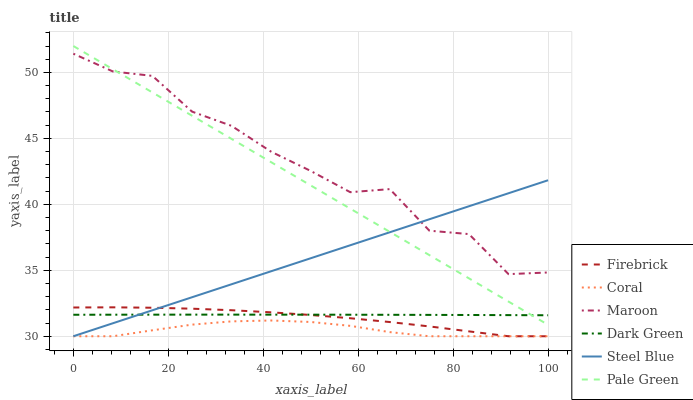
| xaxis_label | Firebrick | Coral | Maroon | Dark Green | Steel Blue | Pale Green |
 | --- | --- | --- | --- | --- | --- | --- |
 | 0 | 32.2 | 30 | 51.4 | 31.6 | 30 | 52 |
 | 8.33 | 32.2 | 30 | 50.1 | 31.6 | 31 | 50.2 |
 | 16.7 | 32.2 | 30.5 | 49.7 | 31.6 | 32 | 48.5 |
 | 25 | 32.1 | 30.9 | 47 | 31.6 | 33 | 46.7 |
 | 33.3 | 32 | 31.1 | 45.9 | 31.6 | 33.9 | 45 |
 | 41.7 | 31.8 | 31.2 | 44 | 31.6 | 34.9 | 43.2 |
 | 50 | 31.6 | 31.1 | 42.5 | 31.6 | 35.9 | 41.4 |
 | 58.3 | 31.4 | 30.8 | 40.9 | 31.6 | 36.9 | 39.7 |
 | 66.7 | 31.1 | 30.3 | 41.2 | 31.6 | 37.9 | 37.9 |
 | 75 | 30.7 | 30 | 38 | 31.6 | 38.9 | 36.1 |
 | 83.3 | 30.4 | 30 | 37.7 | 31.6 | 39.9 | 34.4 |
 | 91.7 | 30 | 30 | 34.7 | 31.6 | 40.8 | 32.6 |
 | 100 | 30 | 30 | 34.8 | 31.6 | 41.8 | 30.9 |